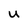
Character: U